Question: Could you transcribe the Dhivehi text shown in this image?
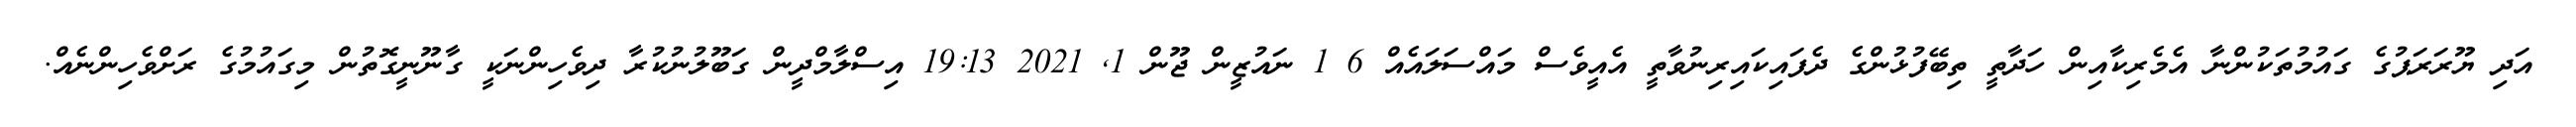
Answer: އަދި ޔޫރަރަޕުގެ ގައުމުތަކުންނާ އެމެރިކާއިން ހަދާތީ ތިބޭފުޅުންގެ ދެފައިކައިރިނުވާތީ އެއީވެސް މައްސަލައެއް 6 1 ނައުޒީން ޖޫން 1, 2021 19:13 އިސްލާމްދީން ގަބޫލުނުކުރާ ދިވެހިންނަކީ ގާނޫނީގޮތުން މިގައުމުގެ ރަށްވެހިންނެއް.